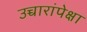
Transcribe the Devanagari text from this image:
उच्चारांपेक्षा